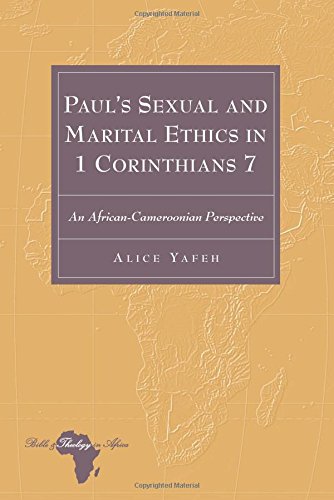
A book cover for Paul's Sexual and Marital Ethics in 1 Corinthians 7: An African-Cameroonian Perspective (Bible and Theology in Africa); Alice Yafeh; Christian Books & Bibles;